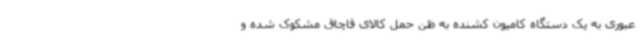
عبوری به یک دستگاه کامیون کشنده به ظن حمل کالای قاچاق مشکوک شده و